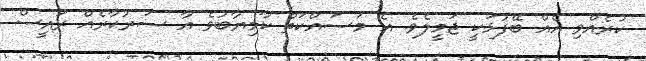
ކުރެއްވި އެއް ބޭފުޅަކީ ޖަމީލެވެ. އެ މަސައްކަތް ކާމިޔާބުވެ އާ ސަރުކާރެއް ރައީސް